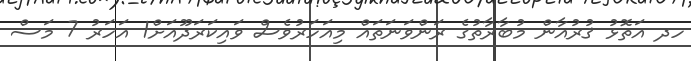
ހދ އަތޮޅު ޤުރުއާން މުބާރާތުގެ ރަންވަނަތައް މިއަހަރުވެސް ވައިކަރަދޫއަށް1 އަހަރު 7 މަސް